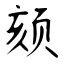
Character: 颏